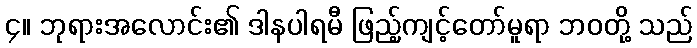
၄။ ဘုရားအလောင်း၏ ဒါနပါရမီ ဖြည့်ကျင့်တော်မူရာ ဘဝတို့ သည်